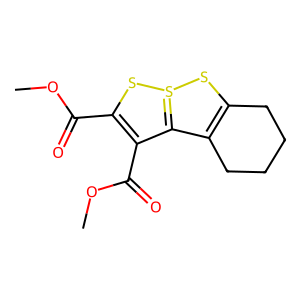
SMILES: COC(=O)C1=C(C(=O)OC)C2=S(SC3=C2CCCC3)S1
Inhibits HIV replication: No